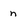
Character: n